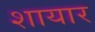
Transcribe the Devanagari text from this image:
शायार